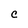
Character: C